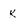
Character: k